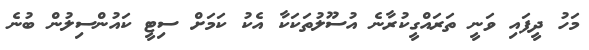
މަހު ދީފައި ވަނީ ތަރައްގީކުރާނެ އުސޫލުތަކަކާ އެކު ކަމަށް ސިޓީ ކައުންސިލުން ބުނެ